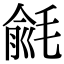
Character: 毹